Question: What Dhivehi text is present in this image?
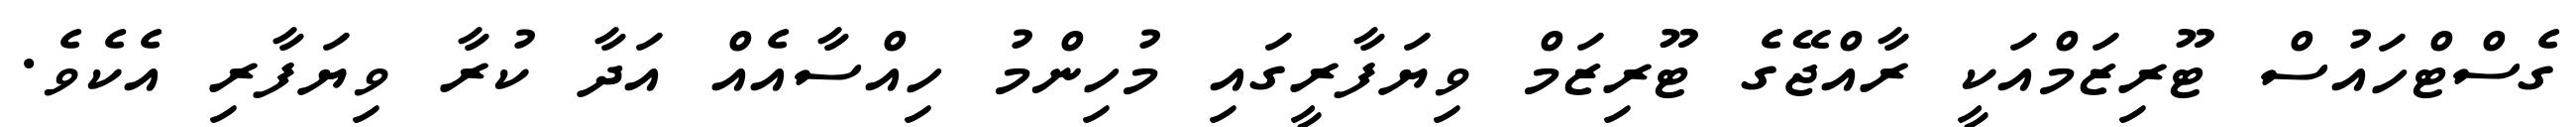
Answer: ގެސްޓްހައުސް ޓޫރިޒަމްއަކީ ރާއްޖޭގެ ޓޫރިޒަމް ވިޔަފާރީގައި މުހިންމު ހިއްސާއެއް އަދާ ކުރާ ވިޔަފާރި އެކެވެ.